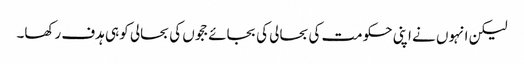
لیکن انہوں نے اپنی حکومت کی بحالی کی بجائے ججوں کی بحالی کو ہی ہدف رکھا۔